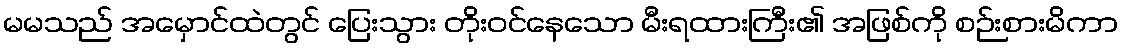
မမသည် အမှောင်ထဲတွင် ပြေးသွား တိုးဝင်နေသော မီးရထားကြီး၏ အဖြစ်ကို စဉ်းစားမိကာ